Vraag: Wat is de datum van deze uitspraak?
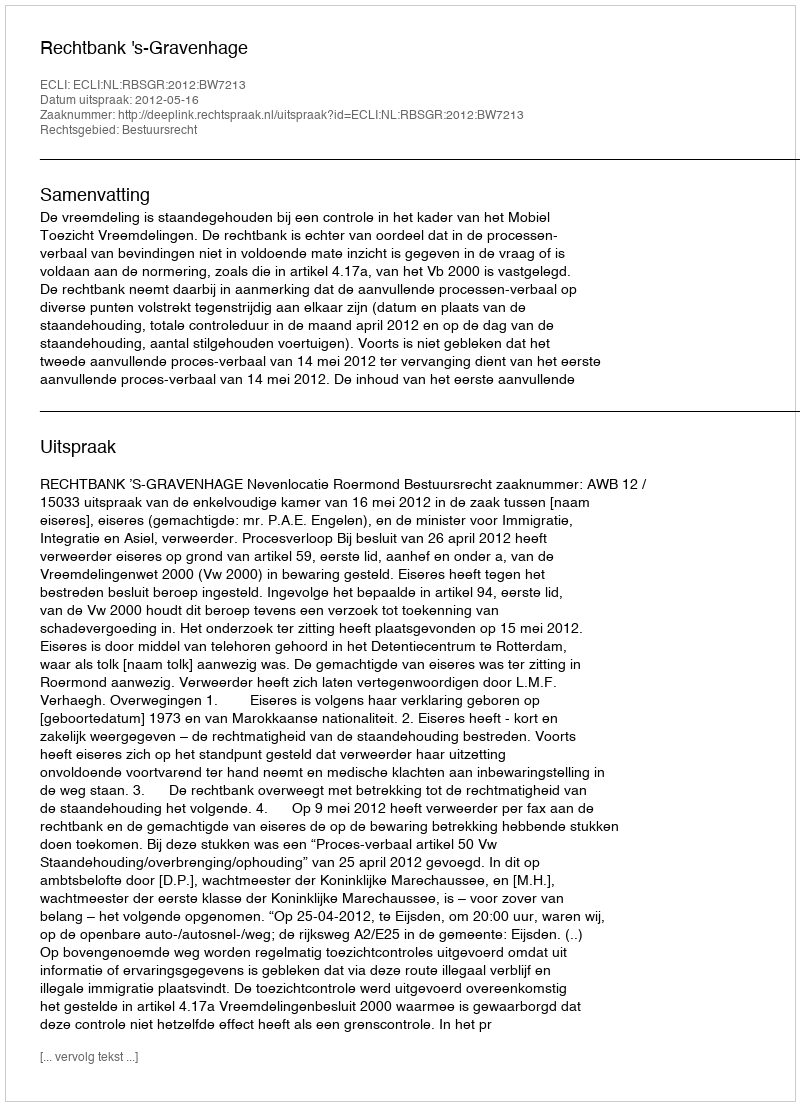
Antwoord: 2012-05-16